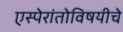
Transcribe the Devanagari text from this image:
एस्पेरांतोविषयीचे